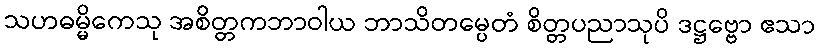
သဟဓမ္မိကေသု အစိတ္တကဘာဝါယ ဘာသိတမ္ပေတံ စိတ္တပညာသုပိ ဒဋ္ဌဗ္ဗော ဧသာ